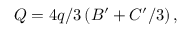
Q = 4 q / 3 \left( B ^ { \prime } + C ^ { \prime } / 3 \right) ,